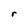
Character: r